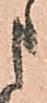
申